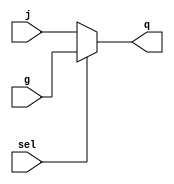
// Nmae:Maha Maher Mali
//ID:1200746
// quad_mux
module quad_mux2x1(j,g,sel,q);
input [3:0] j,g;
input sel;
output [3:0] q; 
reg [3:0] q;
always@ (j or g or sel)
        if (sel ==0)
            q= j;
         else
             q= g;
        
endmodule